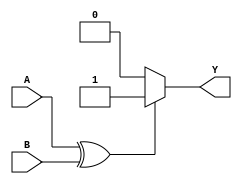
module xor_gate (
   input wire A,
   input wire B,
   output reg Y
);

always @ (A, B)
begin
   if (A ^ B)
      Y <= 1;
   else
      Y <= 0;
end

endmodule